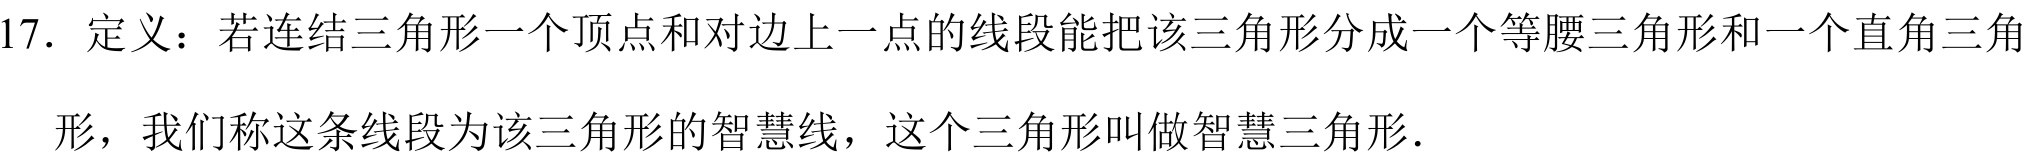
17. 定义：若连结三角形一个顶点和对边上一点的线段能把该三角形分成一个等腰三角形和一个直角三角
形，我们称这条线段为该三角形的智慧线，这个三角形叫做智慧三角形.